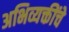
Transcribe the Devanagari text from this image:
अभिव्यक्तींचे